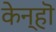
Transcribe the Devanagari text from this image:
केन्हॊ